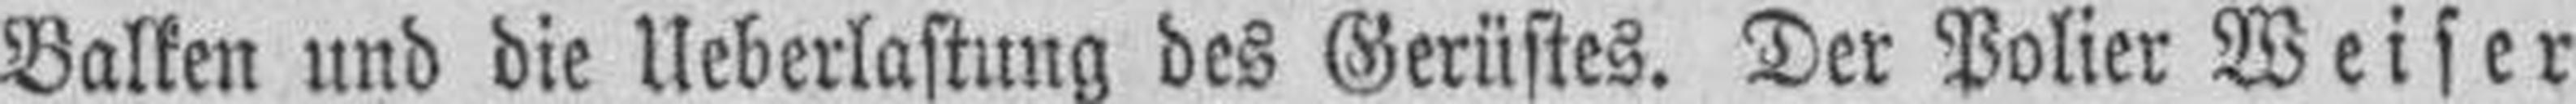
Balken und die Ueberlastung des Gerüstes. Der Polier Weiser